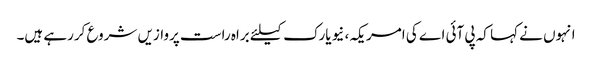
انہوں نے کہا کہ پی آئی اے کی امریکہ، نیویارک کیلئے براہ راست پروازیں شروع کررہے ہیں۔